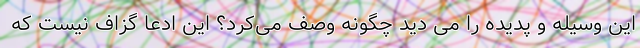
این وسیله و پدیده را می دید چگونه وصف می‌کرد؟ این ادعا گزاف نیست که